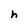
Character: h